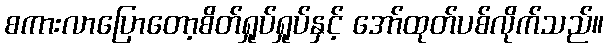
စကားလာပြောတော့စိတ်ရှုပ်ရှုပ်နှင့် အော်ထုတ်ပစ်လိုက်သည်။